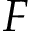
\boldsymbol { F }